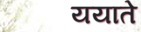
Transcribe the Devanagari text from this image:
ययाते